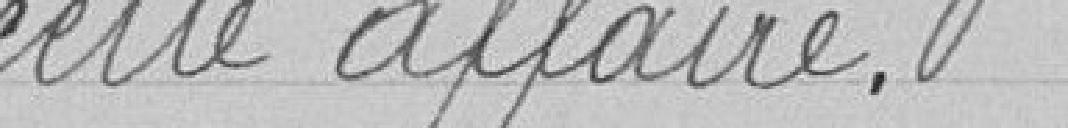
cette affaire.